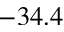
- 3 4 . 4